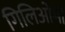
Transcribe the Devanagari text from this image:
गिलिओमी